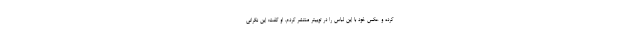
کرده و عکس خود با این لباس را در توییتر منتشر کردم. او گفت: این نگرانی